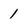
Character: 1